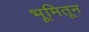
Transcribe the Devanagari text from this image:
भूमितून